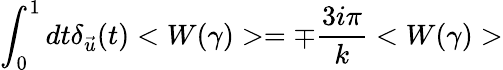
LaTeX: \int_{0}^{1}dt\delta_{\vec{u}}(t)<W(\gamma)>=\mp{\frac{3i\pi}{k}}<W(\gamma)>